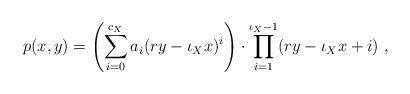
LaTeX: \begin{align*}p(x,y)= \left( \sum_{i=0}^{c_X}a_i(ry-\iota_Xx)^i\right)\cdot\prod_{i=1}^{\iota_X-1} (ry-\iota_Xx+i)\ ,\end{align*}